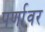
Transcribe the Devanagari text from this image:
पर्णावर